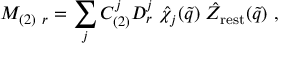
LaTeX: { \cal M } _ { ( 2 ) \ r } = \sum _ { j } C _ { ( 2 ) } ^ { j } D _ { r } ^ { j } \; \hat { \chi } _ { j } ( \tilde { q } ) \; \hat { Z } _ { \mathrm { r e s t } } ( \tilde { q } ) \ ,